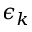
\epsilon _ { k }